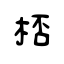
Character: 桮